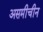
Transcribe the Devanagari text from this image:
असमीचीन